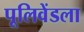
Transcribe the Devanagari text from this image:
पूलिवेंडला